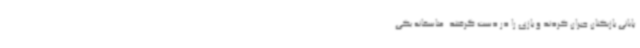
پایانی بازیکنان جبران کردند و بازی را در دست گرفتند. متاسفانه یکی